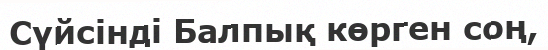
Сүйсінді Балпық көрген соң,